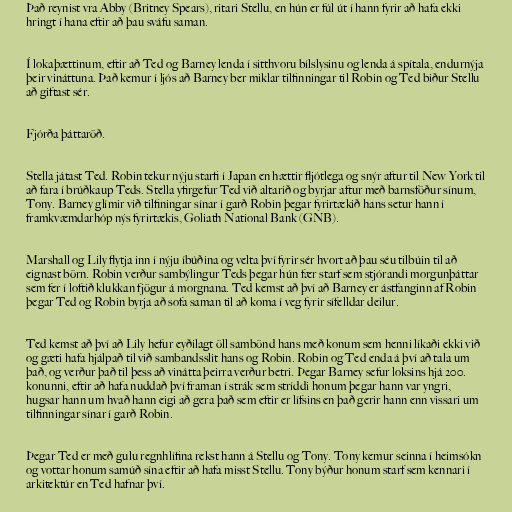
Það reynist vra Abby (Britney Spears), ritari Stellu, en hún er fúl út í hann fyrir að hafa ekki
hringt í hana eftir að þau sváfu saman.

Í lokaþættinum, eftir að Ted og Barney lenda í sitthvoru bílslysinu og lenda á spítala, endurnýja
þeir vináttuna. Það kemur í ljós að Barney ber miklar tilfinningar til Robin og Ted biður Stellu
að giftast sér.

Fjórða þáttaröð.

Stella játast Ted. Robin tekur nýju starfi í Japan en hættir fljótlega og snýr aftur til New York til
að fara í brúðkaup Teds. Stella yfirgefur Ted við altarið og byrjar aftur með barnsföður sínum,
Tony. Barney glímir við tilfiningar sínar í garð Robin þegar fyrirtækið hans setur hann í
framkvæmdarhóp nýs fyrirtækis, Goliath National Bank (GNB).

Marshall og Lily flytja inn í nýju íbúðina og velta því fyrir sér hvort að þau séu tilbúin til að
eignast börn. Robin verður sambýlingur Teds þegar hún fær starf sem stjórandi morgunþáttar
sem fer í loftið klukkan fjögur á morgnana. Ted kemst að því að Barney er ástfanginn af Robin
þegar Ted og Robin byrja að sofa saman til að koma í veg fyrir sífelldar deilur.

Ted kemst að því að Lily hefur eyðilagt öll sambönd hans með konum sem henni líkaði ekki við
og gæti hafa hjálpað til við sambandsslit hans og Robin. Robin og Ted enda á því að tala um
það, og verður það til þess að vinátta þeirra verður betri. Þegar Barney sefur loksins hjá 200.
konunni, eftir að hafa nuddað því framan í strák sem stríddi honum þegar hann var yngri,
hugsar hann um hvað hann eigi að gera það sem eftir er lífsins en það gerir hann enn vissari um
tilfinningar sínar í garð Robin.

Þegar Ted er með gulu regnhlífina rekst hann á Stellu og Tony. Tony kemur seinna í heimsókn
og vottar honum samúð sína eftir að hafa misst Stellu. Tony býður honum starf sem kennari í
arkitektúr en Ted hafnar því.